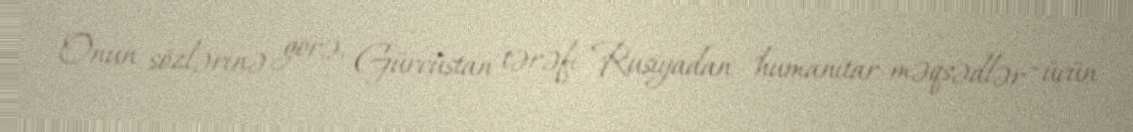
Onun sözlərinə görə, Gürcüstan tərəfi Rusiyadan "humanitar məqsədlər" üçün